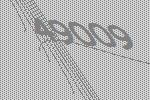
49009